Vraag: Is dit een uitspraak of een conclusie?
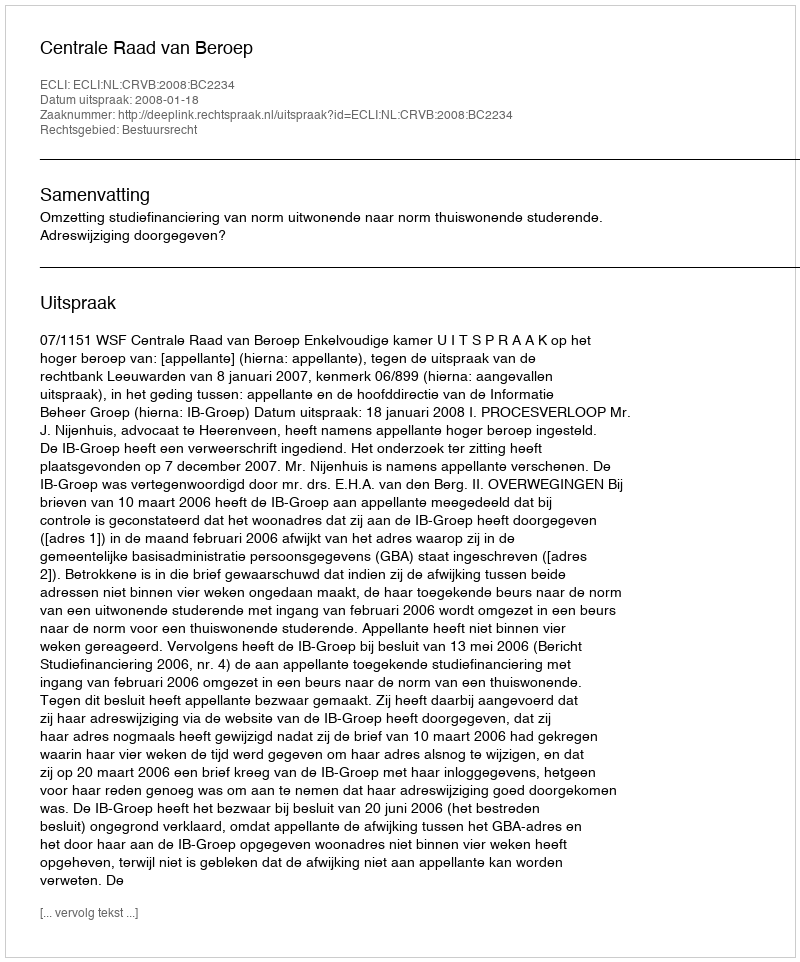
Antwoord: Uitspraak